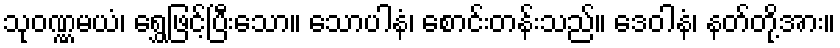
သုဝဏ္ဏမယံ၊ ရွှေဖြင့်ပြီးသော။ သောပါနံ၊ စောင်းတန်းသည်။ ဒေဝါနံ၊ နတ်တို့အား။